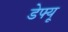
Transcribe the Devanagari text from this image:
डेफ्यू